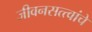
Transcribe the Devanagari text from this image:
जीवनसत्त्वांचे